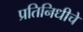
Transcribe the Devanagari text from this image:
प्रतिनिधीचे